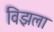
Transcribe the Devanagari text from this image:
विझला